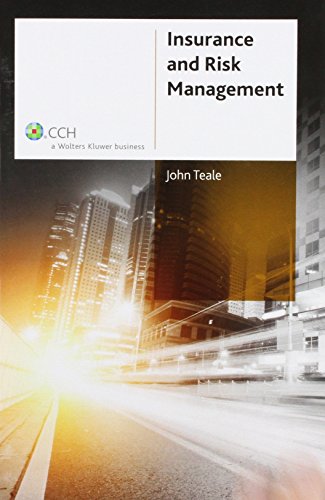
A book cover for Insurance and Risk Management; John Teale; Business & Money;